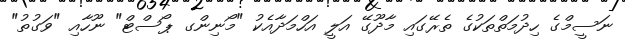
ނަސީމްގެ ހިދުމަތްތަކުގެ ތެރޭގައި މާދޫގޭ އަލީ އަހްމަދާއެކު "މޯނިންގ ޕޯސްޓް" ނޫހާއި "ވަގުތު"